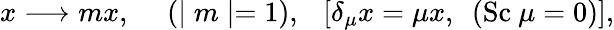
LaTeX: x\longrightarrow mx,~~~~~(\mid m\mid=1),~~~[\delta_{\mu}x=\mu x,~~(\mathrm{Sc}~\mu=0)],